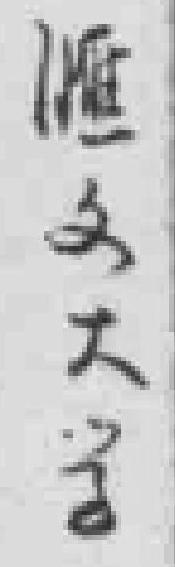
滙文大学